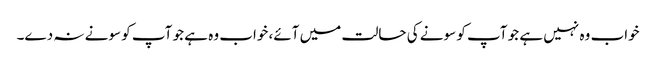
خواب وہ نہیں ہے جو آپ کو سونے کی حالت میں آئے، خواب وہ ہے جو آپ کو سونے نہ دے۔